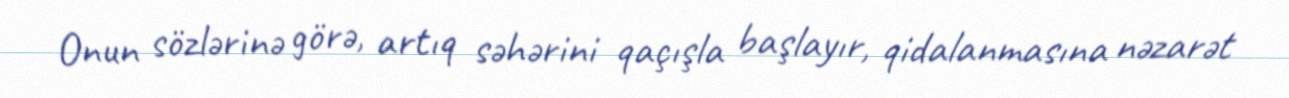
Onun sözlərinə görə, artıq səhərini qaçışla başlayır, qidalanmasına nəzarət